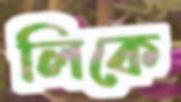
লিকে